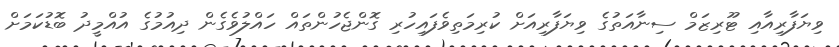
ވިޔަފާރިއާއި ޓޫރިޒަމް ސިނާއަތުގެ ވިޔަފާރިއަށް ކުރިމަތިވެފައިހުރި ގޮންޖެހުންތައް ހައްލުވެގެން ދިއުމުގެ އުއްމީދު ބޮޑުކަމަށް